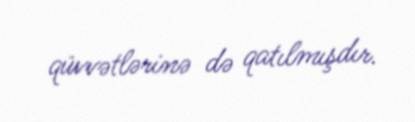
qüvvətlərinə də qatılmışdır.